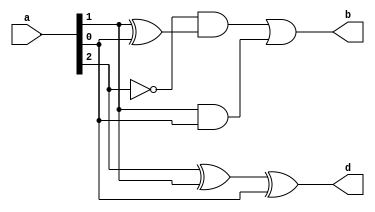
module fullsub(d, b, a);
  output d, b;          // Output ports: d (difference) and b (borrow)
  input [2:0] a;        // Input port a (3-bit input)
  // 2 denotes the MSB and 0 denotes the LSB

  assign d = (a[2] ^ a[1] ^ a[0]); // (a XOR b XOR c)
  assign b = (!a[2] & (a[1] ^ a[0])) | (a[1] & a[0]); // (!a AND (b XOR c)) OR (b AND c)
endmodule

/*
 This line declares an input port named 'a'. 
 The [2:0] specifies that the port 'a' is a 3-bit vector, 
 meaning it can store three binary values. 
 Each value can be accessed as a[2], a[1], and a[0]. 
 These values represent the three bits of the input that will be used in the subtraction operation.
*/